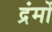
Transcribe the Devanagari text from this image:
द्रंमों